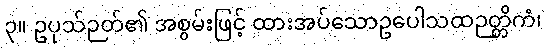
၃။ ဥပုသ်ဉတ်၏ အစွမ်းဖြင့် ထားအပ်သောဥပေါသထဉတ္တိကံ၊